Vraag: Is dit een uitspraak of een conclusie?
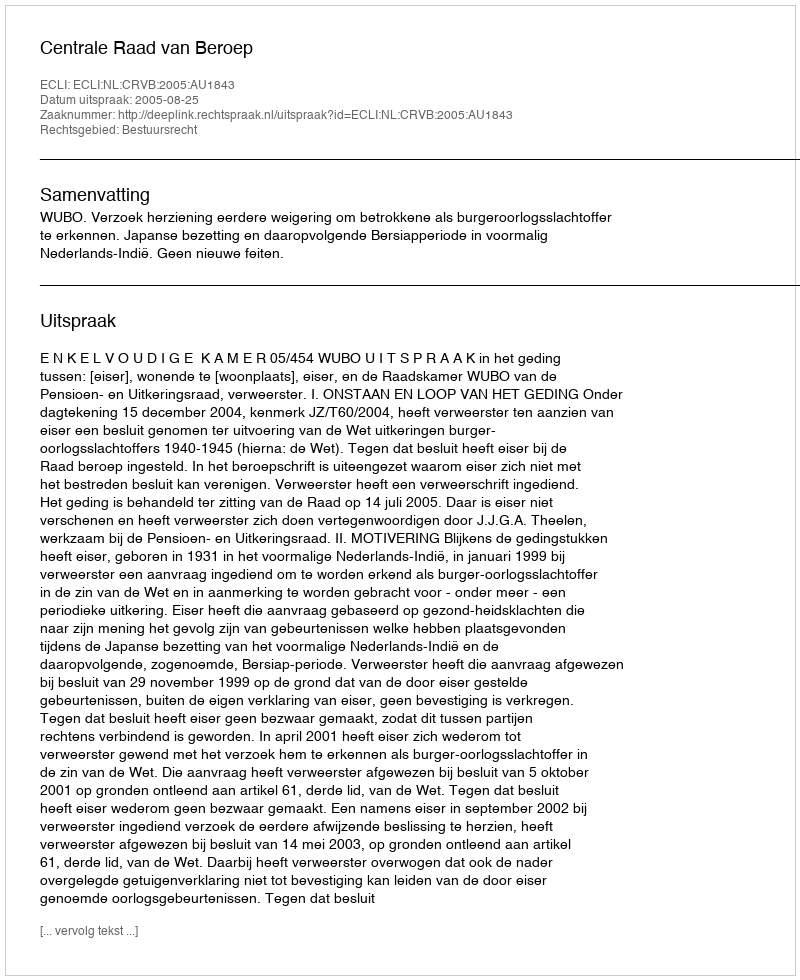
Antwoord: Uitspraak